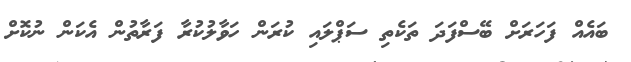
ބައެއް ފަހަރަށް ބޭސްފަދަ ތަކެތި ސަޕްލައި ކުރަން ހަވާލުކުރާ ފަރާތުން އެކަން ނުކޮށް